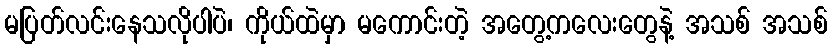
မပြတ်လင်းနေသလိုပါပဲ၊ ကိုယ်ထဲမှာ မကောင်းတဲ့ အတွေ့ကလေးတွေနဲ့ အသစ် အသစ်